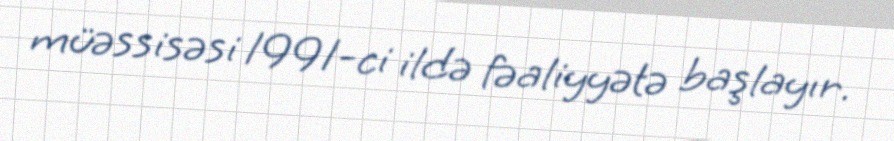
müəssisəsi 1991-ci ildə fəaliyyətə başlayır.